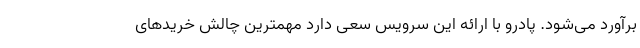
برآورد می‌شود. پادرو با ارائه این سرویس سعی دارد مهمترین چالش خریدهای